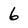
Character: 6